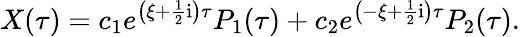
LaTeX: X(\tau)=c_{1}e^{\left(\xi+\frac{1}{2}\mathrm{i}\right)\tau}P_{1}(\tau)+c_{2}e^{\left(-\xi+\frac{1}{2}\mathrm{i}\right)\tau}P_{2}(\tau).